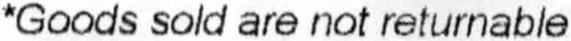
*GOODS SOLD ARE NOT RETURNABLE